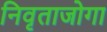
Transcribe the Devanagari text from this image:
निवृताजोगा